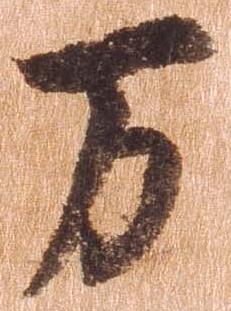
万